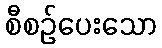
စီစဉ်ပေးသော